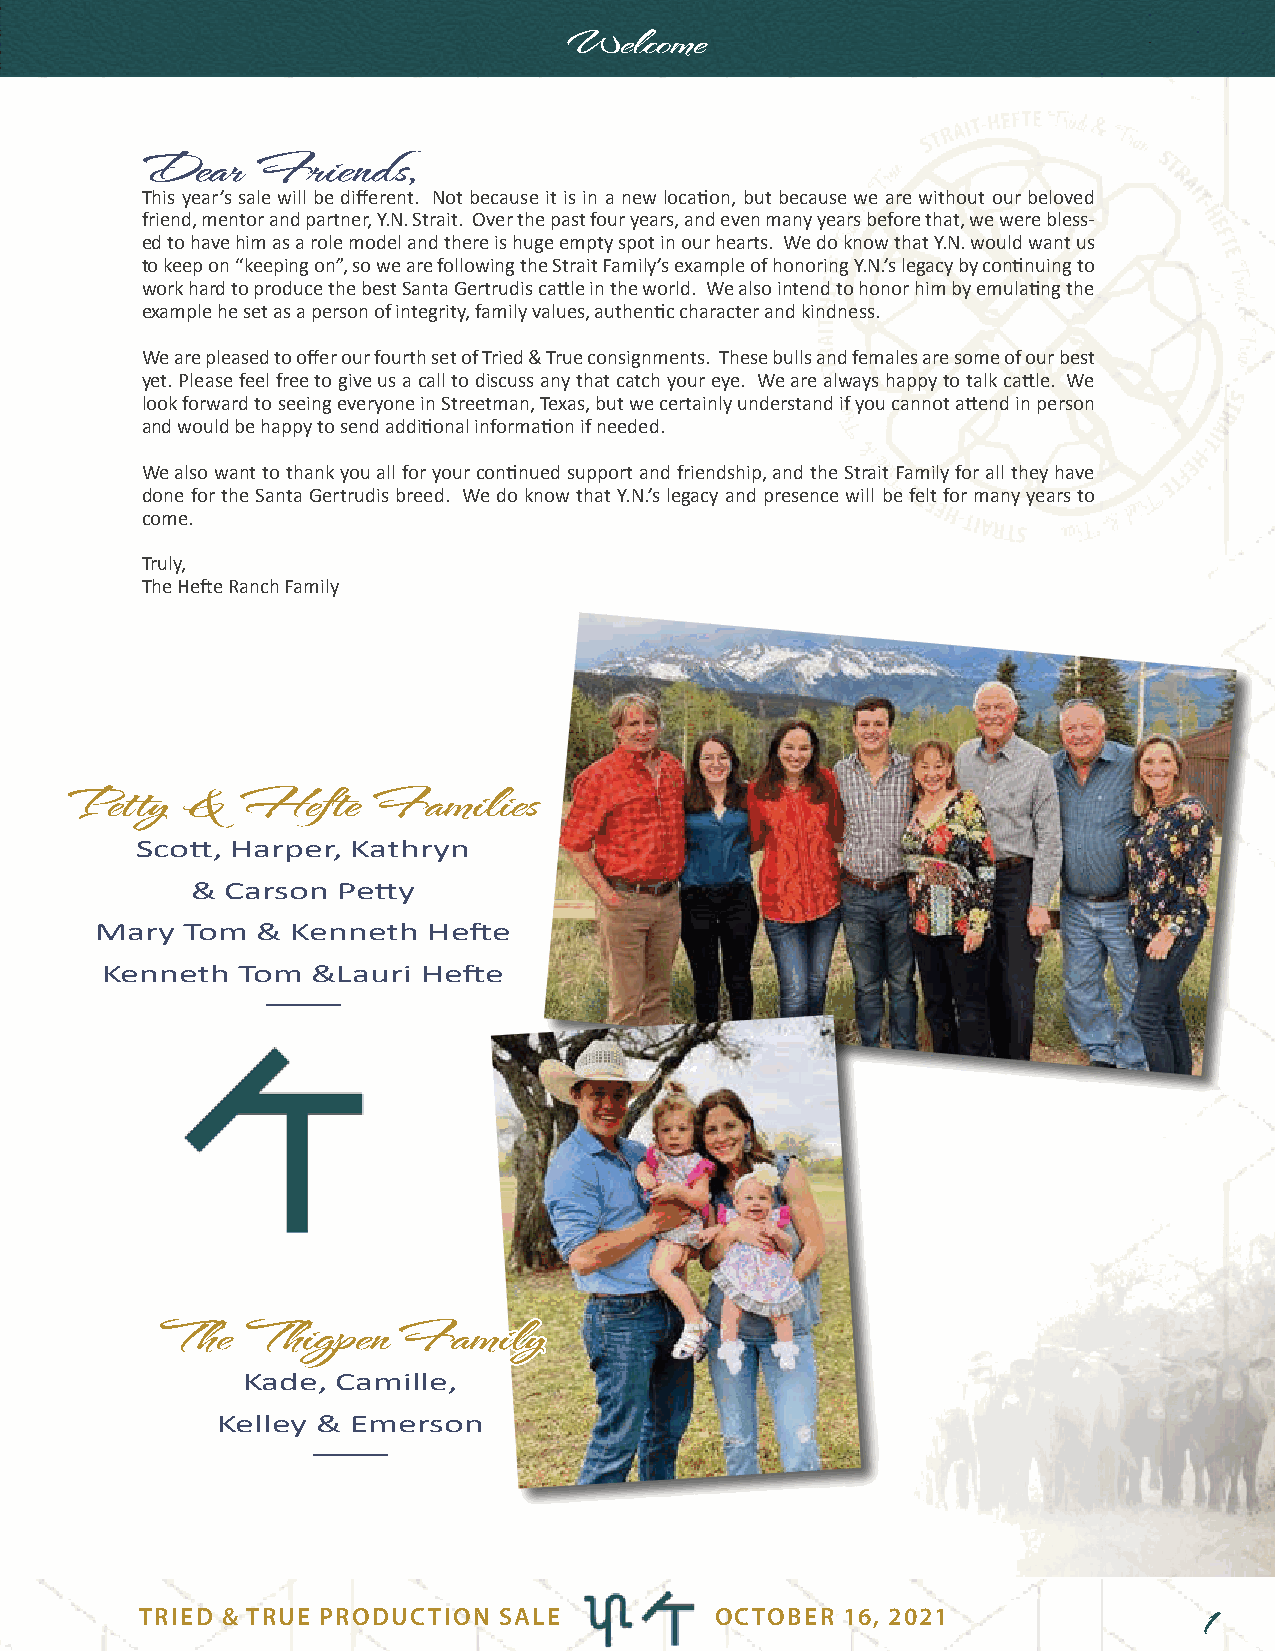
Welcome
 Dear    Friends,
 This year’s sale will be different. Not because it is in a new location, but because we are without our beloved
 friend, mentor and partner, Y.N. Strait. Over the past four years, and even many years before that, we were bless-
 ed to have him as a role model and there is huge empty spot in our hearts. We do know that Y.N. would want us
 to keep on “keeping on”, so we are following the Strait Family’s example of honoring Y.N.’s legacy by continuing to
 work hard to produce the best Santa Gertrudis cattle in the world. We also intend to honor him by emulating the
 example he set as a person of integrity, family values, authentic character and kindness.
 We are pleased to offer our fourth set of Tried & True consignments. These bulls and females are some of our best
 yet. Please feel free to give us a call to discuss any that catch your eye. We are always happy to talk cattle. We
 look forward to seeing everyone in Streetman, Texas, but we certainly understand if you cannot attend in person
 and would be happy to send additional information if needed.
 We also want to thank you all for your continued support and friendship, and the Strait Family for all they have
 done for the Santa Gertrudis breed. We do know that Y.N.’s legacy and presence will be felt for many years to
 come.
 Truly,
 The Hefte Ranch Family
 PPeettttyy && HHeeffttee FFaammiilliieess
 Scott, Harper, Kathryn
 & Carson Petty
 Mary  Tom  & Kenneth  Hefte
 Kenneth  Tom  &Lauri Hefte
 ____
 TThhee TThhiiggppeenn FFaammiillyy
 Kade, Camille,
 Kelley & Emerson
 ____
 TRIED & TRUE PRODUCTION SALE          OCTOBER  16, 2021                1